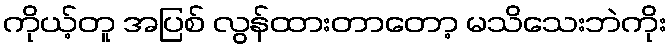
ကိုယ့်တူ အပြစ် လွန်ထားတာတော့ မသိသေးဘဲကိုး